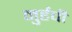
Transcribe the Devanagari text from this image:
नुर्हची